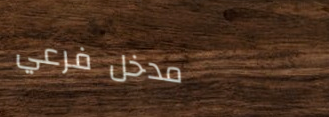
مدخل فرعي